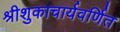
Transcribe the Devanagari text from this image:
श्रीशुकाचार्यवर्णित